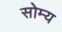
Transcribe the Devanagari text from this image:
सोम्य